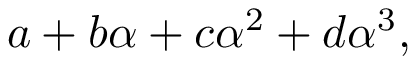
a + b \alpha + c \alpha ^ { 2 } + d \alpha ^ { 3 } ,